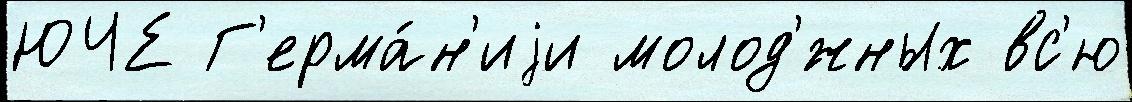
ЮЧЕ Г'ерма́н'иjи молод'́жных вс'ю